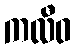
ကလီဝ